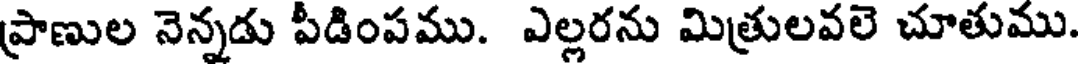
ప్రాణుల నెన్నడు పీడింపము. ఎల్లరను మిత్రులవలె చూతుము.